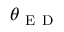
\theta _ { \mathrm { ~ E ~ D ~ } }